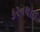
કરનથાઈ